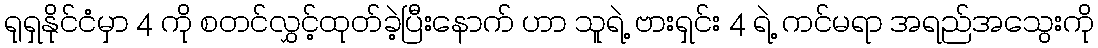
ရုရှနိုင်ငံမှာ 4 ကို စတင်လွှင့်ထုတ်ခဲ့ပြီးနောက် ဟာ သူရဲ့ ဗားရှင်း 4 ရဲ့ ကင်မရာ အရည်အသွေးကို